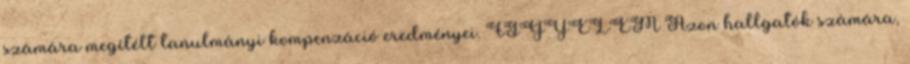
számára megítélt tanulmányi kompenzáció eredményei. FIGYELEM Azon hallgatók számára,